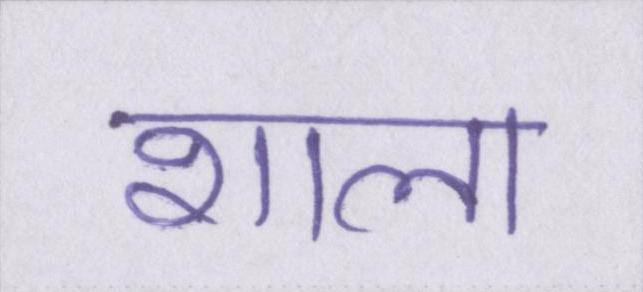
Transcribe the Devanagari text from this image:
शाला